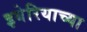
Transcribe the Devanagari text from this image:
इबेरियाच्या